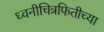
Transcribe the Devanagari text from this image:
ध्वनीचित्रफितीच्या